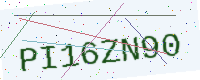
Text: PI16ZN90